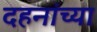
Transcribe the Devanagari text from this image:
दहनांच्या